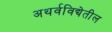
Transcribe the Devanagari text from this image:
अथर्वविद्येतील